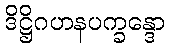
ဒိဋ္ဌိဂဟနပက္ခန္ဒော